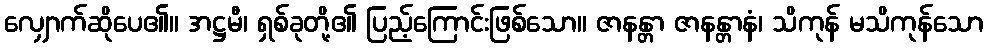
လျှောက်ဆိုပေ၏။ အဋ္ဌမီ၊ ရှစ်ခုတို့၏ ပြည့်ကြောင်းဖြစ်သော။ ဇာနန္တာ ဇာနန္တာနံ၊ သိကုန် မသိကုန်သော